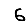
Digit: 6